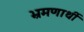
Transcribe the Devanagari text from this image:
भ्रमणार्थी